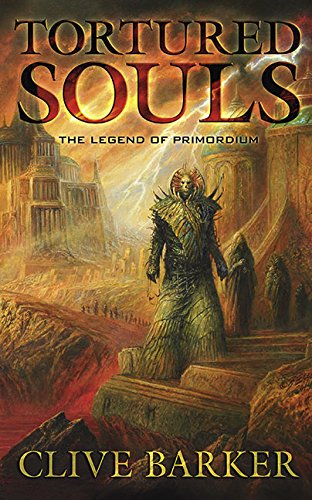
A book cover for Tortured Souls: The Legend of Primordium; Clive Barker; Literature & Fiction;